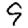
Digit: 9